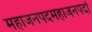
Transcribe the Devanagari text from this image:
महाजनपदमहाजनपदों